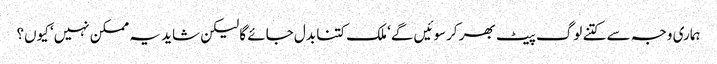
ہماری وجہ سے کتنے لوگ پیٹ بھر کرسوئیں گے‘ ملک کتنا بدل جائے گا لیکن شاید یہ ممکن نہیں‘ کیوں؟